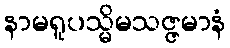
နာမရူပသ္မိမသဇ္ဇမာနံ